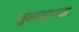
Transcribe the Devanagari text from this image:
शुभाशुभाचा